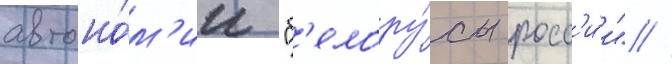
автоно́м'ии "б'елору́сы росс'и́и" //